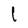
Character: l